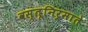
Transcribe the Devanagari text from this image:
वस्तूनिर्माते